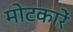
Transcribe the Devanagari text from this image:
मोटकारें